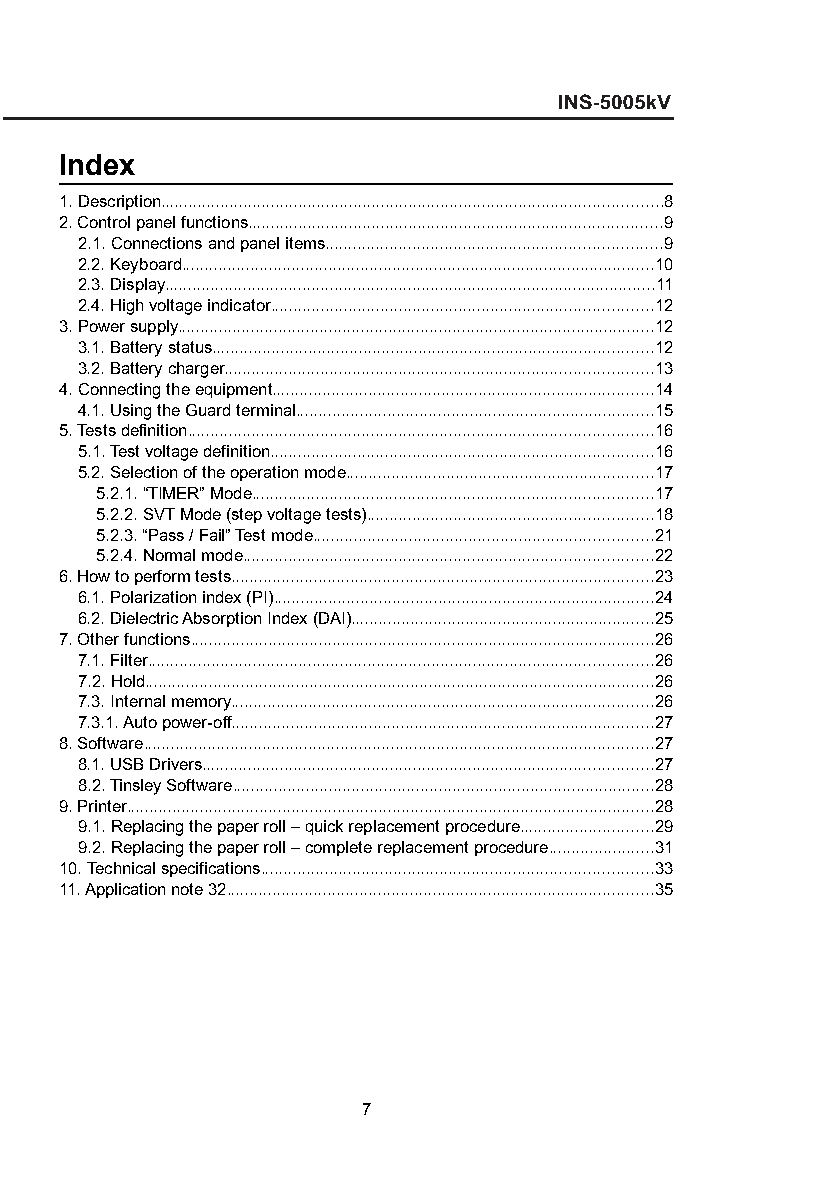
Index
 1. Description.............................................................................................................8
 2. Control panel functions..........................................................................................9
 2.1. Connections and panel items.........................................................................9
 2.2. Keyboard.......................................................................................................10
 2.3. Display...........................................................................................................11
 2.4. High voltage indicator...................................................................................12
 3. Power supply........................................................................................................12
 3.1. Battery status................................................................................................12
 3.2. Battery charger.............................................................................................13
 4. Connecting the equipment...................................................................................14
 4.1. Using the Guard terminal..............................................................................15
 5. Tests definition.....................................................................................................16
 5.1. Test voltage definition...................................................................................16
 5.2. Selection of the operation mode...................................................................17
 5.2.1. “TIMER” Mode.......................................................................................17
 5.2.2. SVT Mode (step voltage tests)..............................................................18
 5.2.3. “Pass / Fail” Test mode..........................................................................21
 5.2.4. Normal mode.........................................................................................22
 6. How to perform tests............................................................................................23
 6.1. Polarization index (PI)...................................................................................24
 6.2. Dielectric Absorption Index (DAI)..................................................................25
 7. Other functions.....................................................................................................26
 7.1. Filter..............................................................................................................26
 7.2. Hold...............................................................................................................26
 7.3. Internal memory............................................................................................26
 7.3.1. Auto power-off............................................................................................27
 8. Software...............................................................................................................27
 8.1. USB Drivers..................................................................................................27
 8.2. Tinsley Software............................................................................................28
 9. Printer...................................................................................................................28
 9.1. Replacing the paper roll – quick replacement procedure.............................29
 9.2. Replacing the paper roll – complete replacement procedure.......................31
 10. Technical specifications.....................................................................................33
 11. Application note 32.............................................................................................35
 7